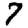
Digit: 7